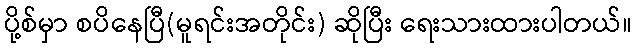
ပို့စ်မှာ စပိနေပြီ(မူရင်းအတိုင်း) ဆိုပြီး ရေးသားထားပါတယ်။